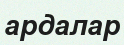
ардалар